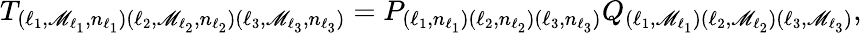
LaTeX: T_{(\ell_{1},\mathscr{M}_{\ell_{1}},n_{\ell_{1}})(\ell_{2},\mathscr{M}_{\ell_{2}},n_{\ell_{2}})(\ell_{3},\mathscr{M}_{\ell_{3}},n_{\ell_{3}})}=P_{(\ell_{1},n_{\ell_{1}})(\ell_{2},n_{\ell_{2}})(\ell_{3},n_{\ell_{3}})}Q_{(\ell_{1},\mathscr{M}_{\ell_{1}})(\ell_{2},\mathscr{M}_{\ell_{2}})(\ell_{3},\mathscr{M}_{\ell_{3}})},